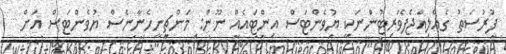
ފުރުސަތު ގެއްލިއްޖެފެވަރިޓުންނަކީ ޔުވެންޓަސް އިންޓައެއް ނޫން: މަންޗިނީހެނާނެސް ޔުވެންޓަސް އަށް